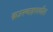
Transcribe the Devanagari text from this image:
ब्राउनश्वाइगमधील